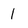
Character: 1